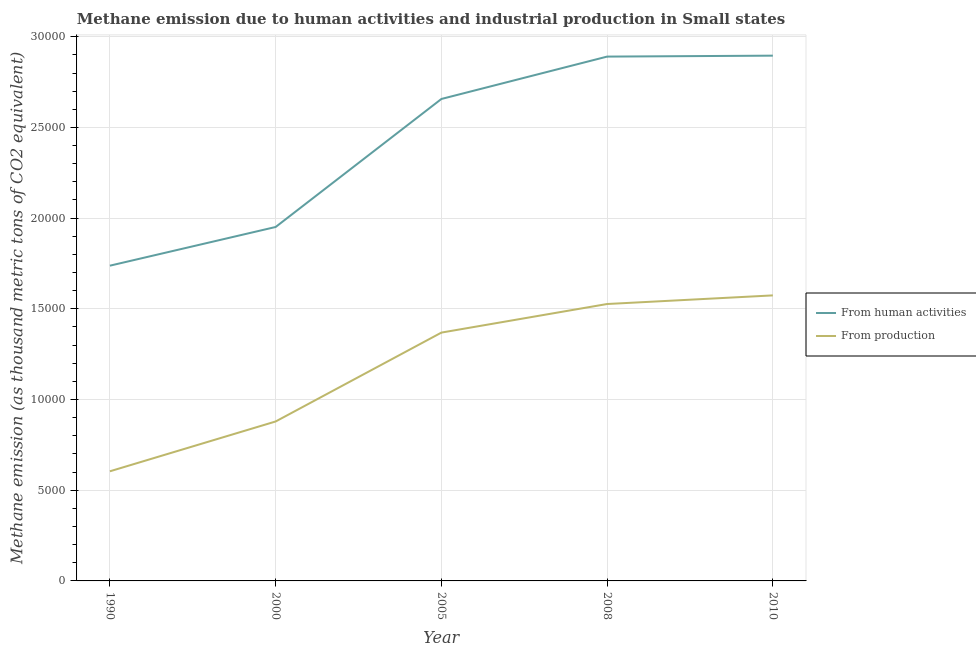
| Year | From human activities | From production |
 | --- | --- | --- |
 | 1990 | 1.74e+04 | 6.04e+03 |
 | 2000 | 1.95e+04 | 8.79e+03 |
 | 2005 | 2.66e+04 | 1.37e+04 |
 | 2008 | 2.89e+04 | 1.53e+04 |
 | 2010 | 2.9e+04 | 1.57e+04 |